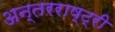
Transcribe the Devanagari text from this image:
अन्तरराष्ट्री